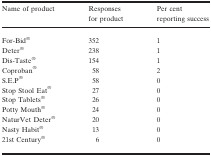
| Name of product | Responses for product | Per cent reporting success |
 | --- | --- | --- |
 | For‐Bid® | 352 | 1 |
 | Deter® | 238 | 1 |
 | Dis‐Taste® | 154 | 1 |
 | Coproban® | 58 | 2 |
 | S.E.P® | 58 | 0 |
 | Stop Stool Eat® | 27 | 0 |
 | Stop Tablets® | 26 | 0 |
 | Potty Mouth® | 24 | 0 |
 | NaturVet Deter® | 20 | 0 |
 | Nasty Habit® | 13 | 0 |
 | 21st Century® | 6 | 0 |